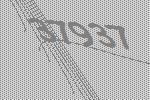
37937